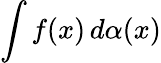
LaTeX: \int f(x)\, d\alpha(x)